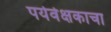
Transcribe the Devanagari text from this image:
पर्यवेक्षकाचा